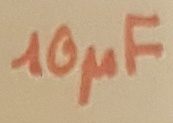
Text: 100µF